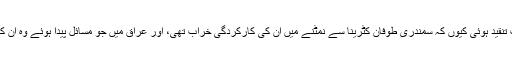
جارج ڈبلو بش پر سخت تنقید ہوئی کیوں کہ سمندری طوفان کٹرینا سے نمٹنے میں ان کی کارکردگی خراب تھی، اور عراق میں جو مسائل پیدا ہوئے وہ ان کا ادراک نہیں کر سکے۔